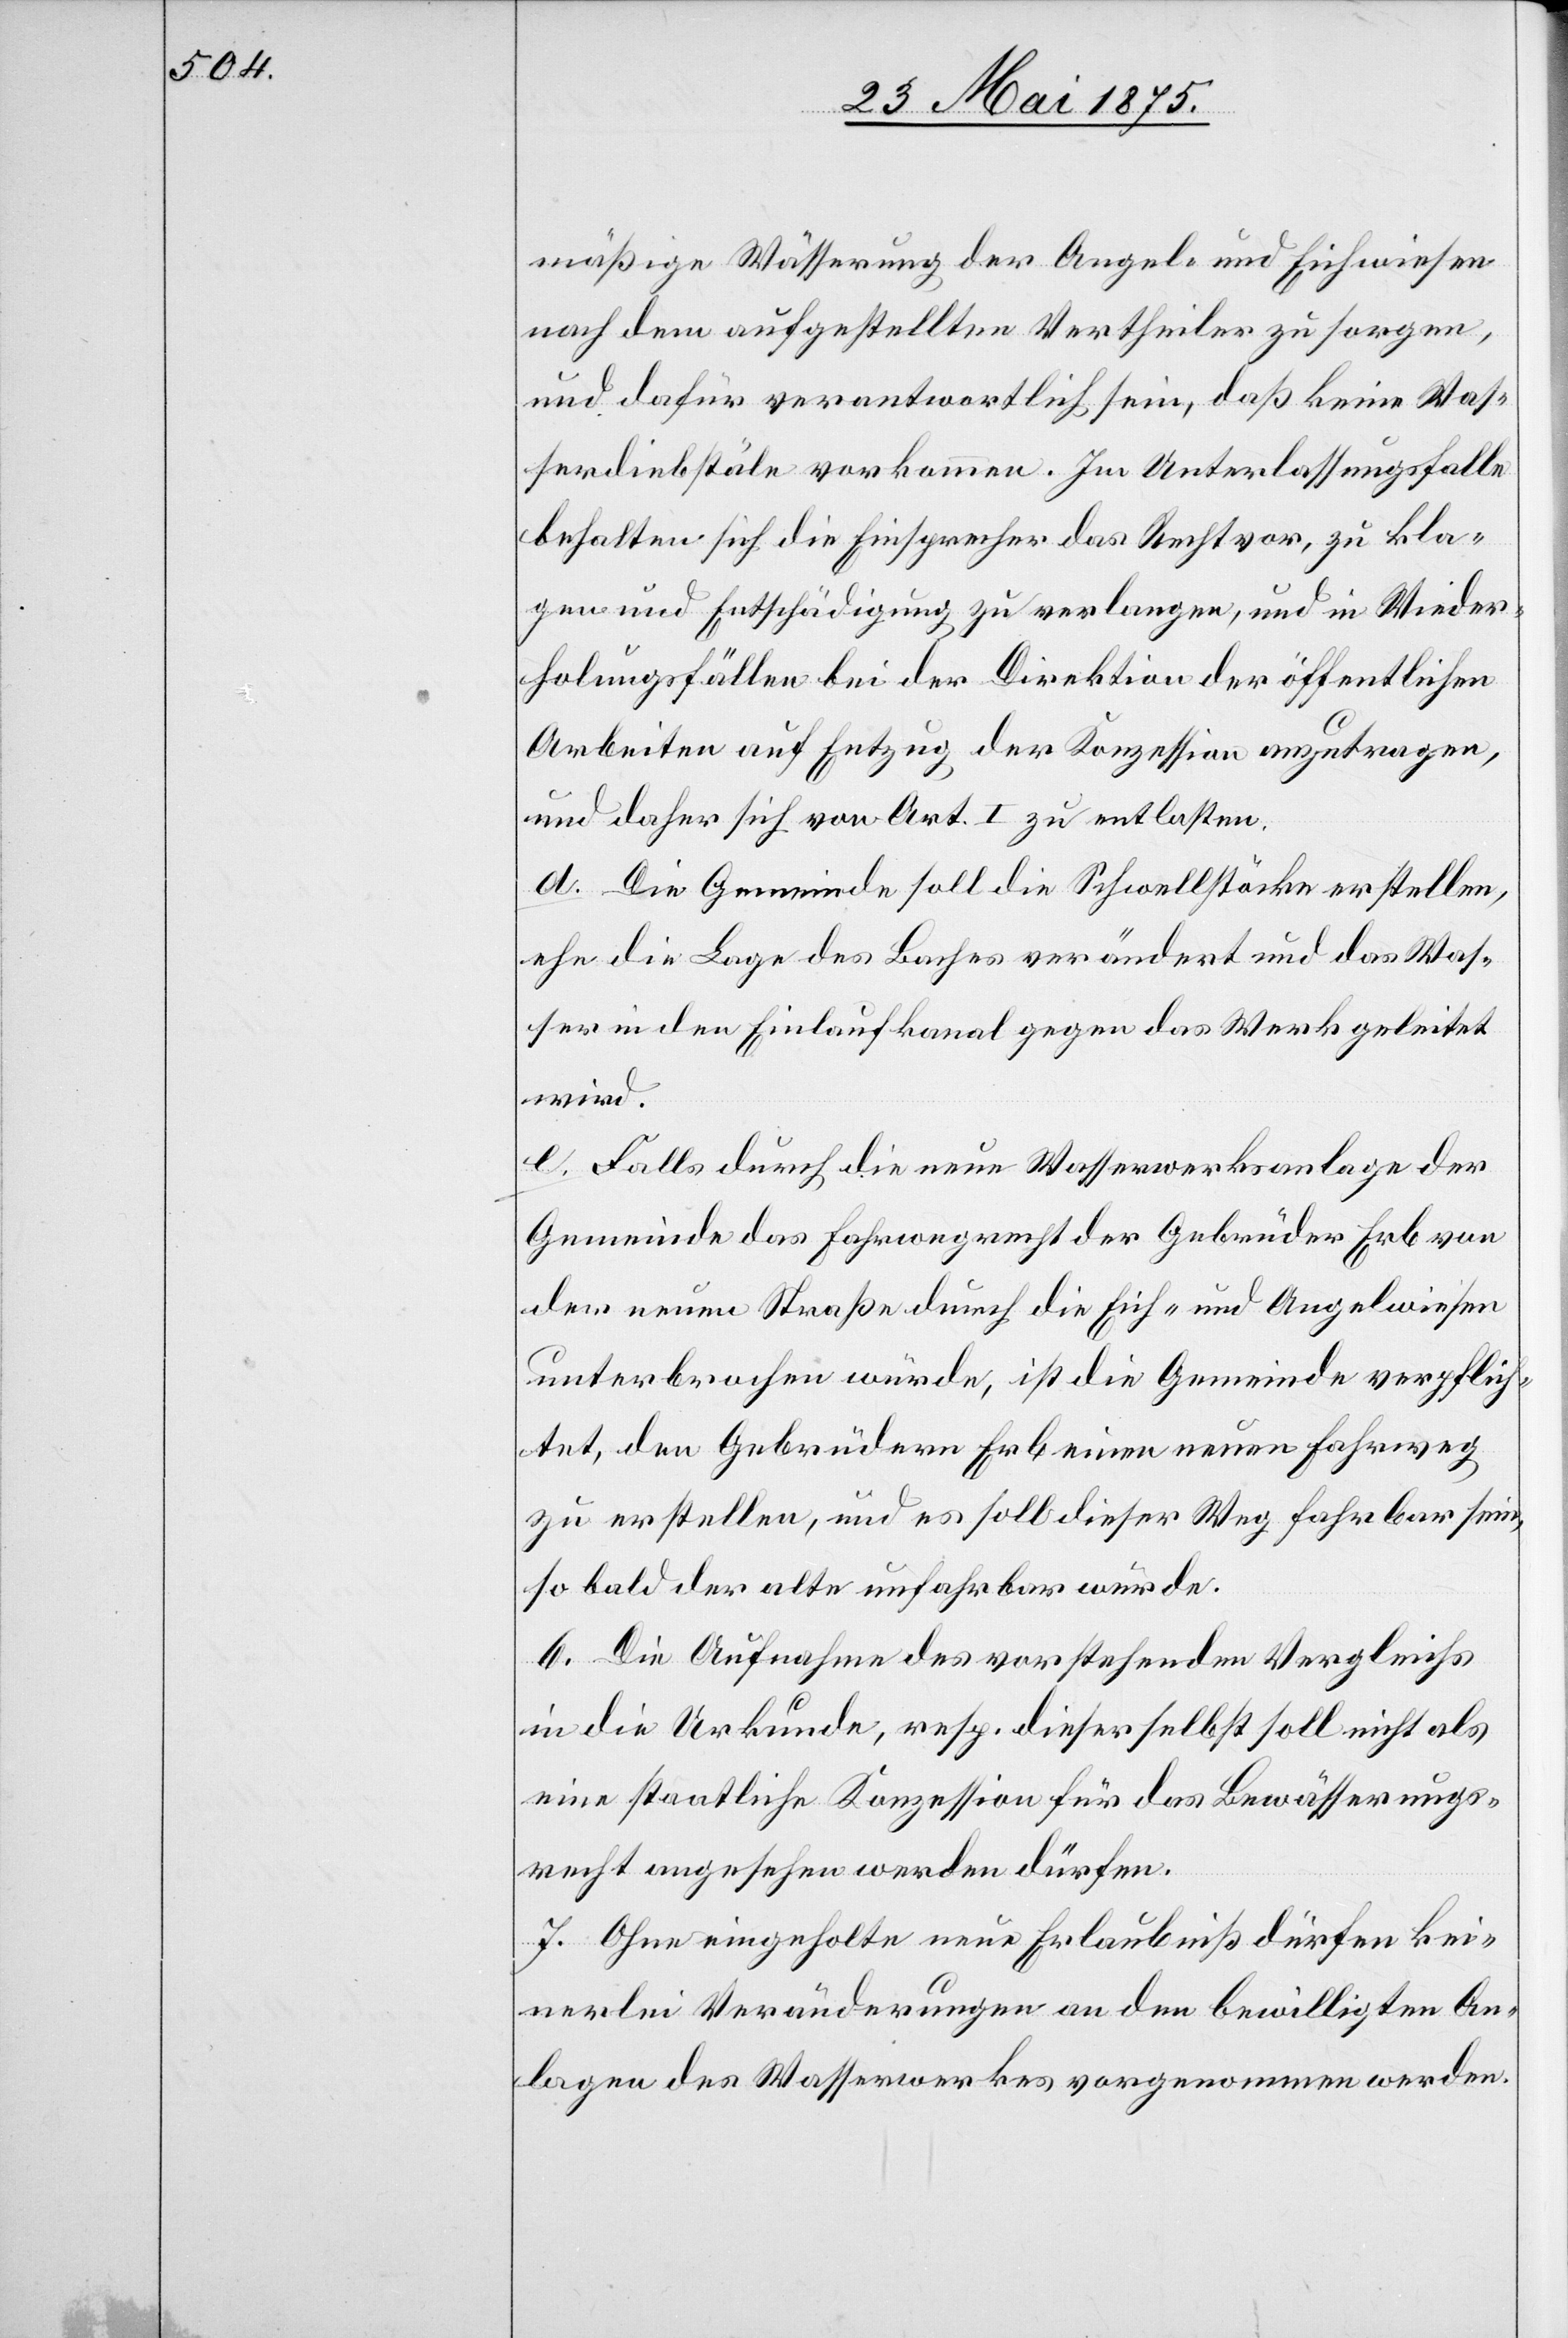
mäßige Wässerung der Angel- und Eichwiesen
nach dem aufgestellten Vertheiler zu sorgen,
und dafür verantwortlich sein, daß keine Was¬
serdiebstäle vorkommen. Im Unterlassungsfalle
behalten sich die Einsprecher das Recht vor, zu kla¬
gen und Entschädigung zu verlangen, und in Wieder¬
holungsfällen bei der Direktion der öffentlichen
Arbeiten auf Entzug der Konzession anzutragen,
und daher sich von Art. I zu entlasten.
d. Die Gemeinde soll die Schwellstärke erstellen,
ehe die Lage des Baches verändert und das Was¬
ser in dem Einlaufkanal gegen das Werk geleitet
wird.
e. Falls durch die neue Wasserwerksanlage der
Gemeinde das Fahrwegrecht der Gebrüder Erb von
der neuen Straße durch die Eich- und Angelwiesen
unterbrochen würde, ist die Gemeinde verpflich¬
tet, den Gebrüdern Erb einen neuen Fahrweg
zu erstellen, und es soll dieser Weg fahrbar sein,
so bald der alte unfahrbar würde.
6. Die Aufnahme des vorstehenden Vergleichs
in die Urkunde, resp. dieser selbst soll nicht als
eine staatliche Konzession für das Bewässerungs¬
recht angesehen werden dürfen.
7. Ohne eingeholte neue Erlaubniß dürfen kei¬
nerlei Veränderungen an der bewilligten An¬
lage des Wasserwerkes vorgenommen werden.